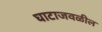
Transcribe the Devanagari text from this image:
घाटाजवळील